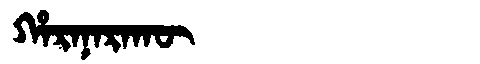
Manchu: ᡥᠠᡵᠠᠨᠠᡵᠠᡴᡡ
Romanization: HARANARAKŪ